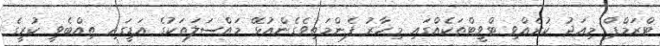
ޓްރަމްޕް މިއަދު ކުރެއްވި ޓްވީޓްތަކެއްގައި މިހާރު ފެންމަތިވެގެންއުޅޭ މައްސަލަތަކުގެ އަޑީގައި ތިއްބެވީ ކުރީގެ